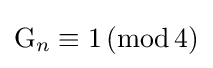
\mathrm {G} _{n}\equiv 1\,(\mathrm {mod} \,4)